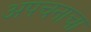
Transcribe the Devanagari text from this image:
अपचनाचा